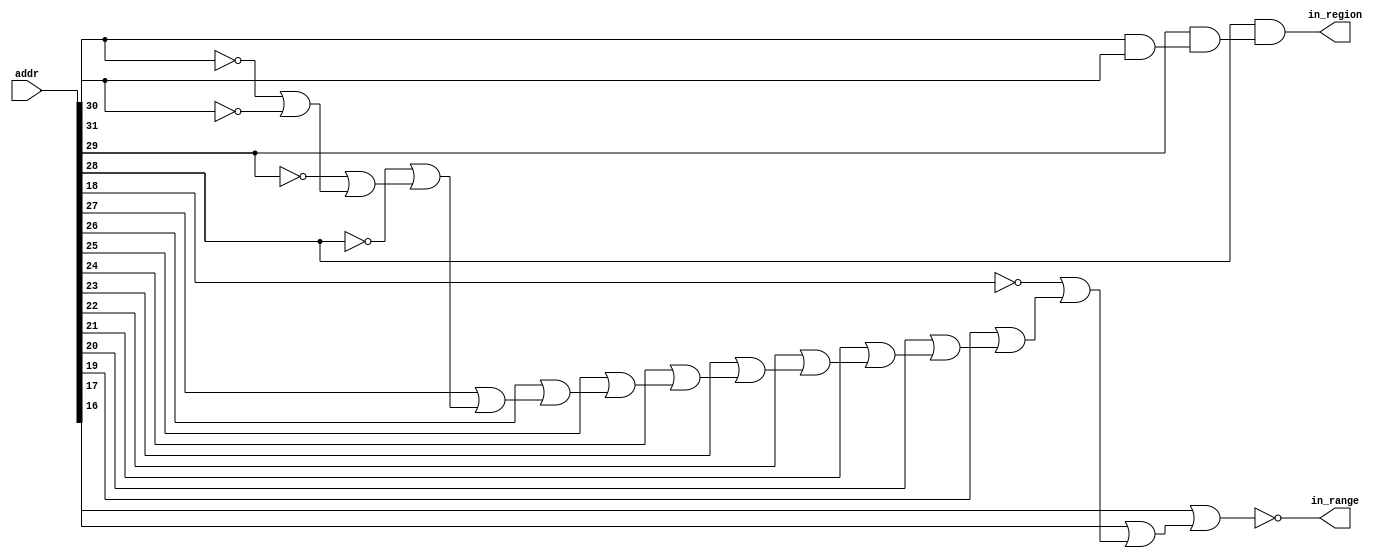
// This program was cloned from: https://github.com/NYU-MLDA/OpenABC
// License: BSD 3-Clause "New" or "Revised" License

module rvrangecheck_f0040000_64
(
  addr,
  in_range,
  in_region
);

  input [31:0] addr;
  output in_range;
  output in_region;
  wire in_range,in_region,N0,N1,N2,N3,N4,N5,N6,N7,N8,N9,N10,N11,N12,N13,N14,N15,N16,
  N17,N18,N19,N21,N22;
  assign N0 = ~addr[31];
  assign N1 = ~addr[30];
  assign N2 = ~addr[29];
  assign N3 = ~addr[28];
  assign N4 = ~addr[18];
  assign N5 = N1 | N0;
  assign N6 = N2 | N5;
  assign N7 = N3 | N6;
  assign N8 = addr[27] | N7;
  assign N9 = addr[26] | N8;
  assign N10 = addr[25] | N9;
  assign N11 = addr[24] | N10;
  assign N12 = addr[23] | N11;
  assign N13 = addr[22] | N12;
  assign N14 = addr[21] | N13;
  assign N15 = addr[20] | N14;
  assign N16 = addr[19] | N15;
  assign N17 = N4 | N16;
  assign N18 = addr[17] | N17;
  assign N19 = addr[16] | N18;
  assign in_range = ~N19;
  assign N21 = addr[30] & addr[31];
  assign N22 = addr[29] & N21;
  assign in_region = addr[28] & N22;

endmodule